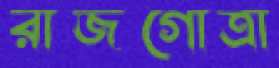
রাজগোত্রা